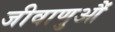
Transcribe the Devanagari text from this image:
जीवाणुऔं